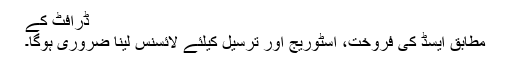
ڈرافٹ کے
مطابق ایسڈ کی فروخت، اسٹوریج اور ترسیل کیلئے لائسنس لینا ضروری ہوگا۔